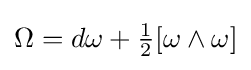
\Omega =d\omega +{\tfrac {1}{2}}[\omega \wedge \omega ]